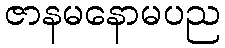
ဇာနမနောမပည